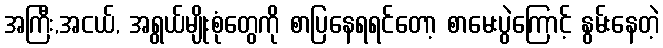
အကြီး,အငယ်, အရွယ်မျိုးစုံတွေကို စာပြနေရရင်တော့ စာမေးပွဲကြောင့် နွမ်းနေတဲ့